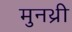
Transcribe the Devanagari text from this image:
मुनथ्री